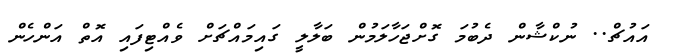
އައުޗް.. ނުކްޝާން ދެބުމަ ގޮށްޖަހާލަމުން ބަލާލީ ގައިމައްޗަށް ވެއްޓިފައި އޮތް އަންހެން